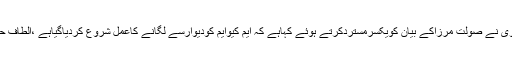
2015ء)ایم کیوایم کے رہنما و رکن قومی اسمبلی حیدرعباس رضوی نے صولت مرزاکے بیان کویکسرمستردکرتے ہوئے کہاہے کہ ایم کیوایم کودیوارسے لگانے کاعمل شروع کردیاگیاہے ،الطاف حسین ہی ایم کیوایم ہے، کوئی مائنس ون فارمولاقابل قبول نہیں ہے ۔